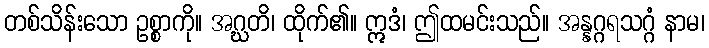
တစ်သိန်းသော ဥစ္စာကို။ အဂ္ဃတိ၊ ထိုက်၏။ ဣဒံ၊ ဤထမင်းသည်။ အန္နဂ္ဂရသဂ္ဂံ နာမ၊